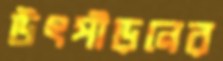
উৎপীড়নের